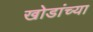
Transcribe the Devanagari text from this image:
खोडांच्या